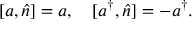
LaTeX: [ a , \hat { n } ] = a , ~ ~ ~ [ a ^ { \dag } , \hat { n } ] = - a ^ { \dag } .